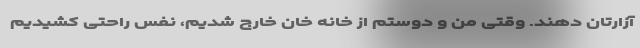
آزارتان دهند. وقتی من و دوستم از خانه خان خارج شدیم، نفس راحتی کشیدیم